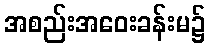
အစည်းအဝေးခန်းမ၌